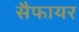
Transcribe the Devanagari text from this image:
सैफायर